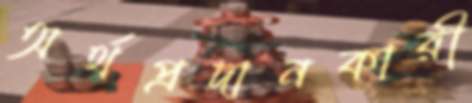
অর্থপ্রদানকারী